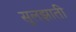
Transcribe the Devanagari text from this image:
सुलझाती